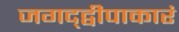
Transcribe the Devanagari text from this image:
जगद्द्वीपाकारं